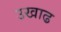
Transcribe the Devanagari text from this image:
उखाढ